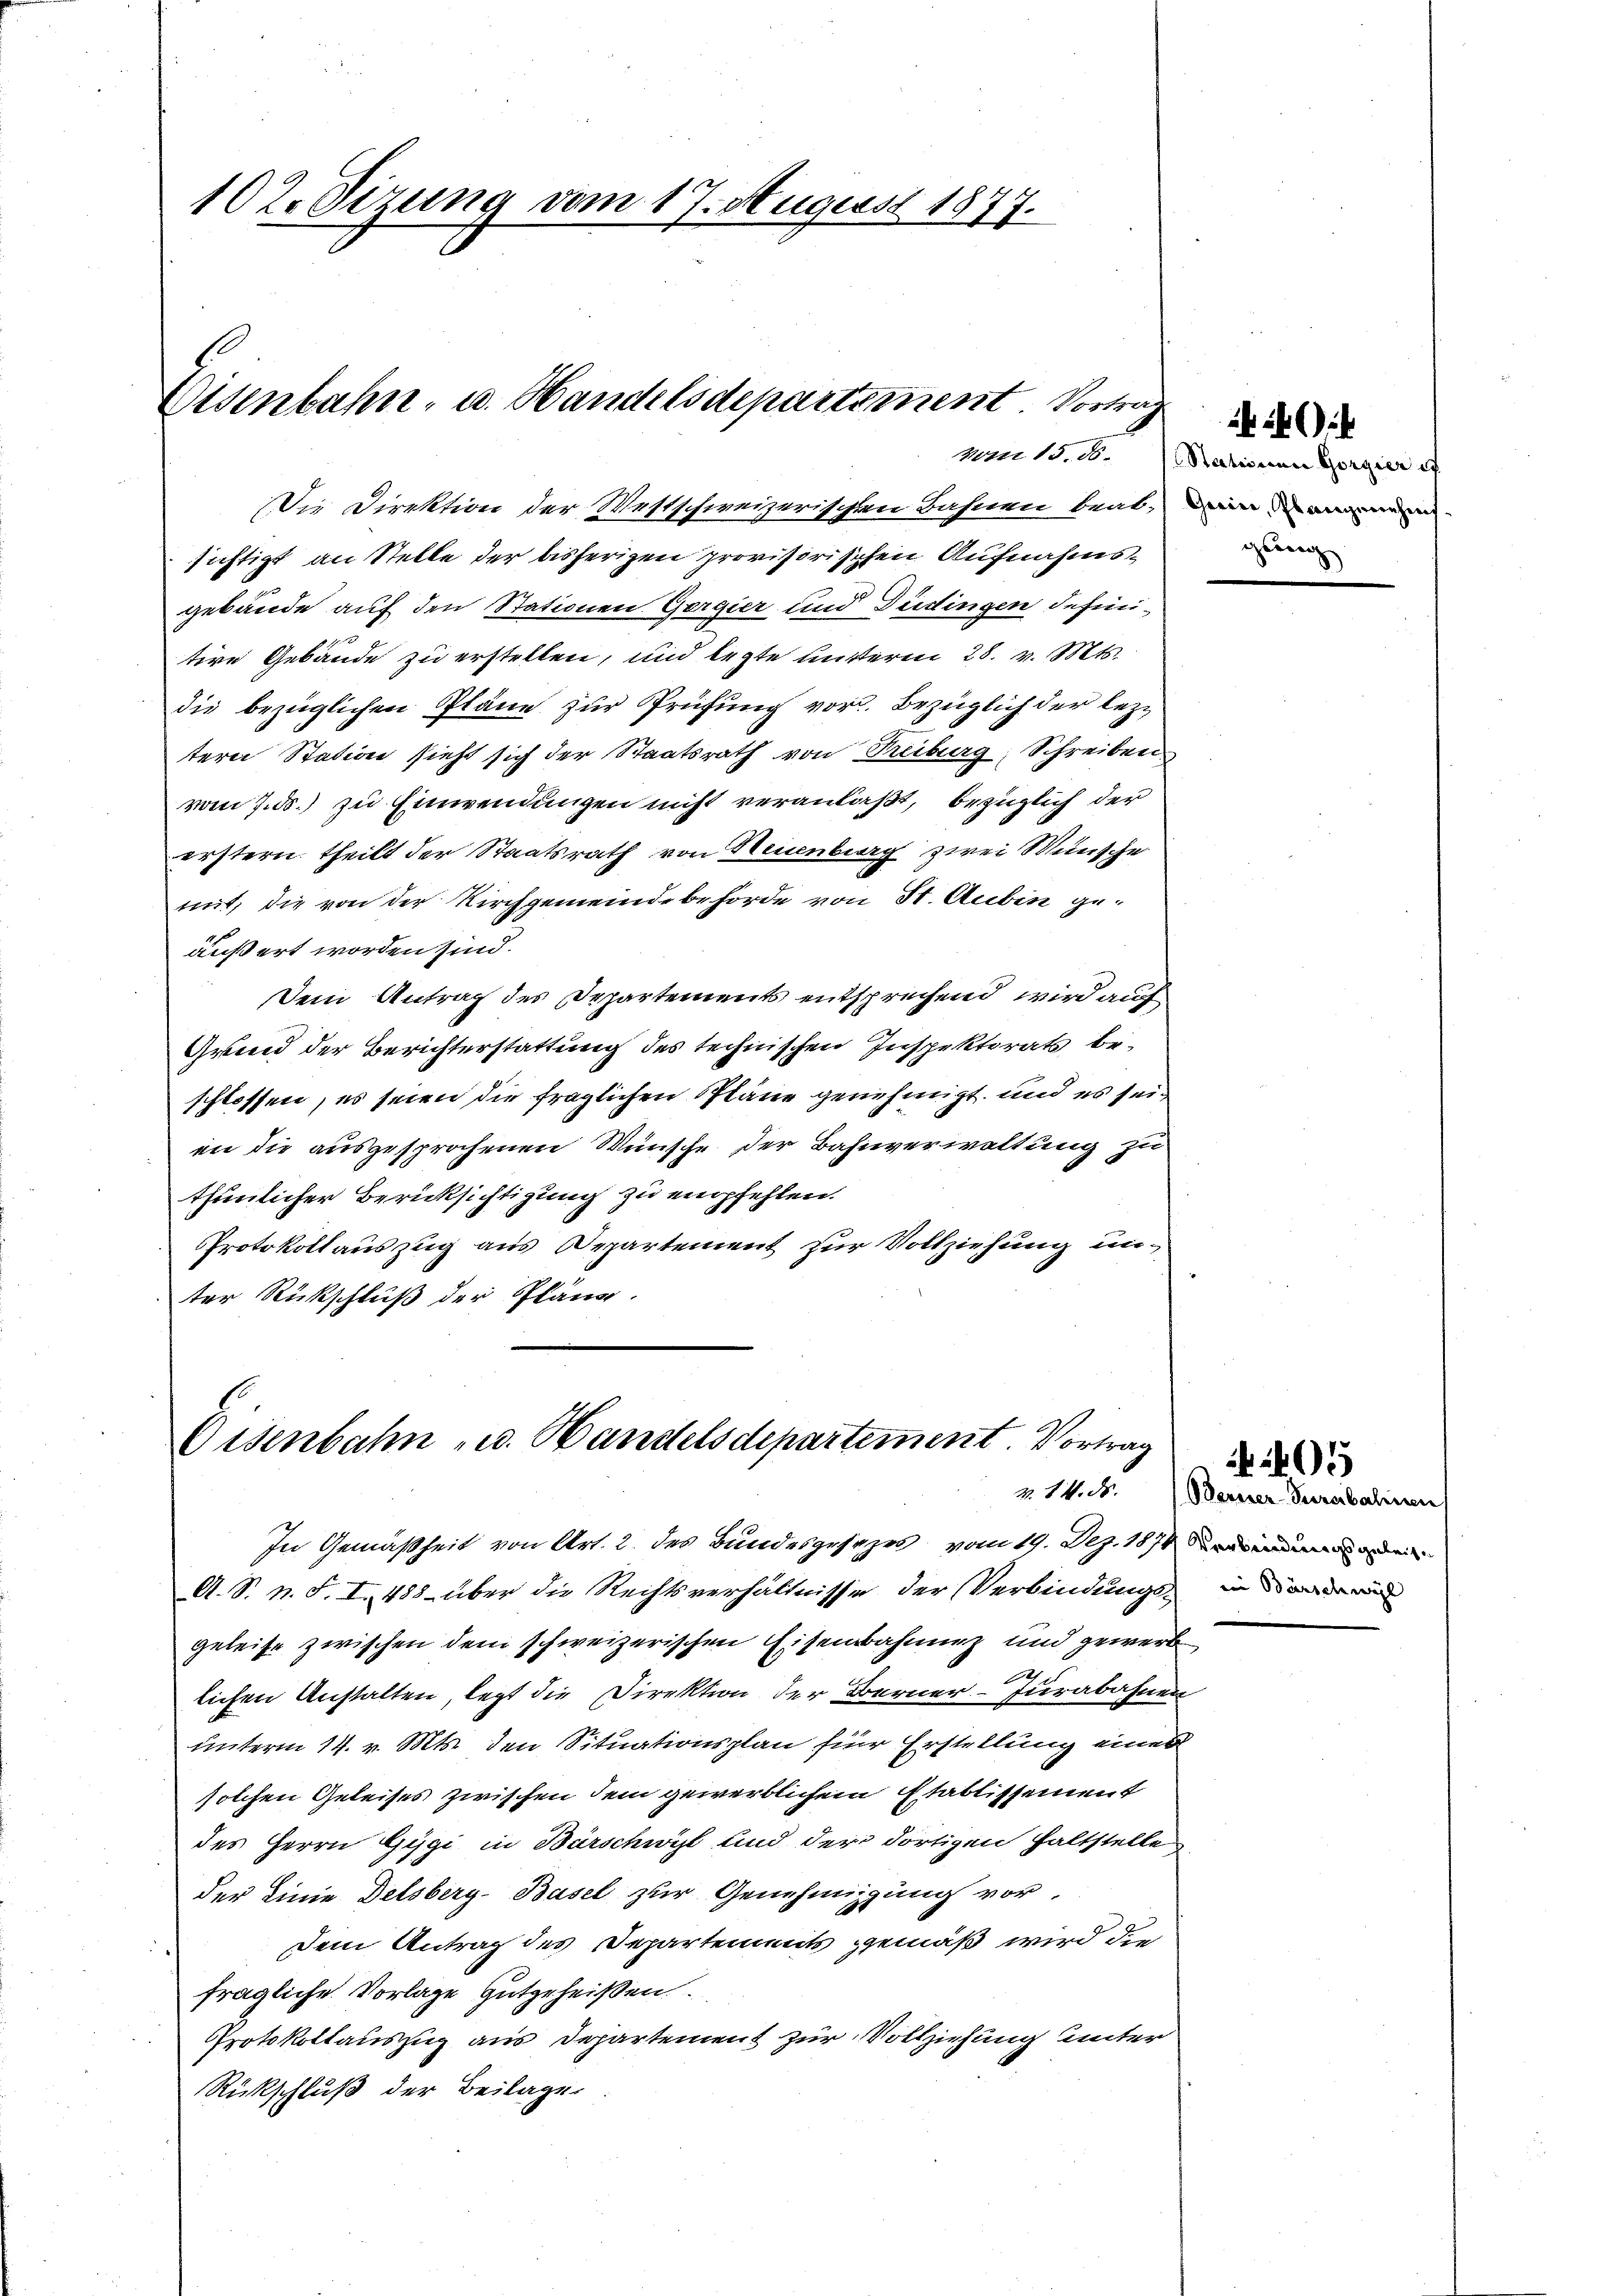
102. Sizung vom 17. August 1877.

Eisenbahn- u. Handelsdepartement. Vortrag

Eisenbahn u. Handelsdepartement. Vortrag
v. 14. ds.

Die Direktion der Westschweizerischen Bahnen beat, einen
sichtigt an Stelle der bisherigen provisorischen Aufnahmsgebäude auf den Stationen Gergier und Düdingen definitive Gebäude zu erstellen, und legte mutteren 28. v. Mts.
die bezüglichen Pläne zur Prüfung vor. Bezüglich der leztere Station sieht sich der Staatsrath von Treiburg, Schreiben
vom 7. d.) zu Einwendungen nicht veranlaßt, bezüglich der
erstern theilt der Staatsrath von Neuenburg zwei Wünsche
mit, die von der Kirchgemeindebehörde von St. Aubin geäußert worden sind.
Dein Antrag des Departements entsprechend wird auf
Gruend der Berichterstattung des technischen Inspektorats beschlossen, es seien die fraglichen Pläne genehmigt, und es seiin die ausgesprochenen Wünsche der Bahnverwaltung zu
thunlicher Berücksichtigung zu empfehlen.
Protokollauszug aus Departement zur Vollziehung unter Rückschluß der Pläne.

vom 15. 16. Nationen Gorgier a
gung

In Gemäßheit von Art. 2. des Bundesgesezes vom 19. Dez. 1870 ei
A. S. n. F. I. 488 über die Rechtsverhältnisse der Verbindungs- in andern
geleise zwischen dem schweizerischen Eisenbahnung und gewerb
lichen Anstalten, legt die Direktion der Berner-Jurabahnen
unterm 14. v. Mts. den Situationsplan für Erstellung einer
solchen Geleises zwischen dem gewerblichem Etablissement
des Herrn Gygi in Barschwyl und der dortigen haltstelle
der Linie Delsberg-Basel zur Genehmigung vor.
Dem Antrag des Departements gemäß wird die
fragliche Vorlage gutgeheißen.
Protokollauszug aus Departement zur Vollziehung unter
Rückschluß der Beilage

Berner-Purabalinen

2405